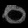
Digit: ၀